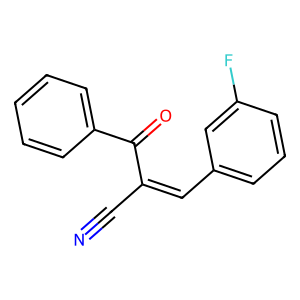
SMILES: N#CC(=Cc1cccc(F)c1)C(=O)c1ccccc1
Inhibits HIV replication: No